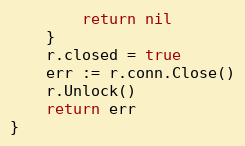
Language: Go
		return nil
	}
	r.closed = true
	err := r.conn.Close()
	r.Unlock()
	return err
}